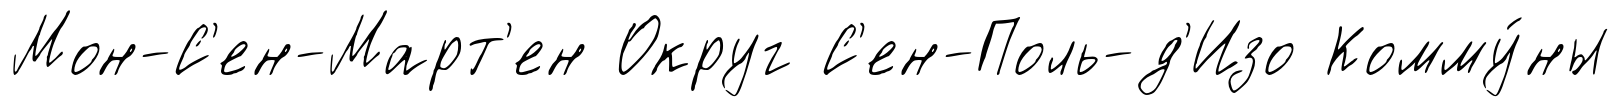
Мон-С'ен-Март'ен Округ С'ен-Поль-д'Изо Комму́ны